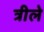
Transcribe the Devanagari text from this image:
त्रीले